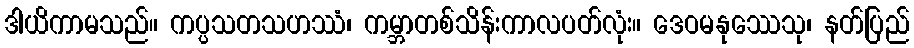
ဒါယိကာမသည်။ ကပ္ပသတသဟဿံ၊ ကမ္ဘာတစ်သိန်းကာလပတ်လုံး။ ဒေဝမနုဿေသု၊ နတ်ပြည်